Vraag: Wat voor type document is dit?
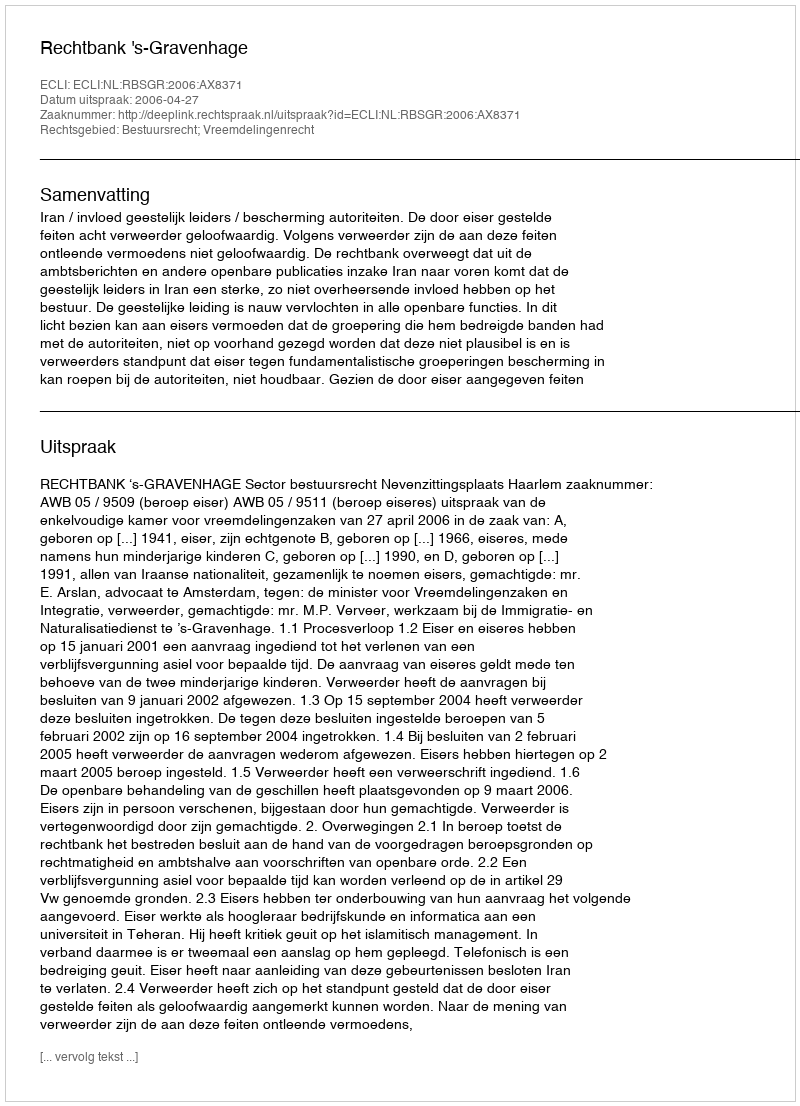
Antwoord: Uitspraak